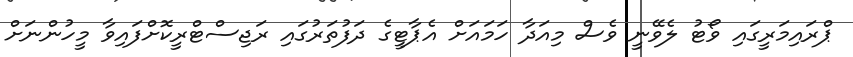
ޕްރައިމަރީގައި ވޯޓު ލެވޭނީ ވެސް މިއަދާ ހަމައަށް އެޕާޓީގެ ދަފުތަރުގައި ރަޖިސްޓްރީކޮށްފައިވާ މީހުންނަށް